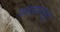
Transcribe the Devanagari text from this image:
पत्त्यापासून